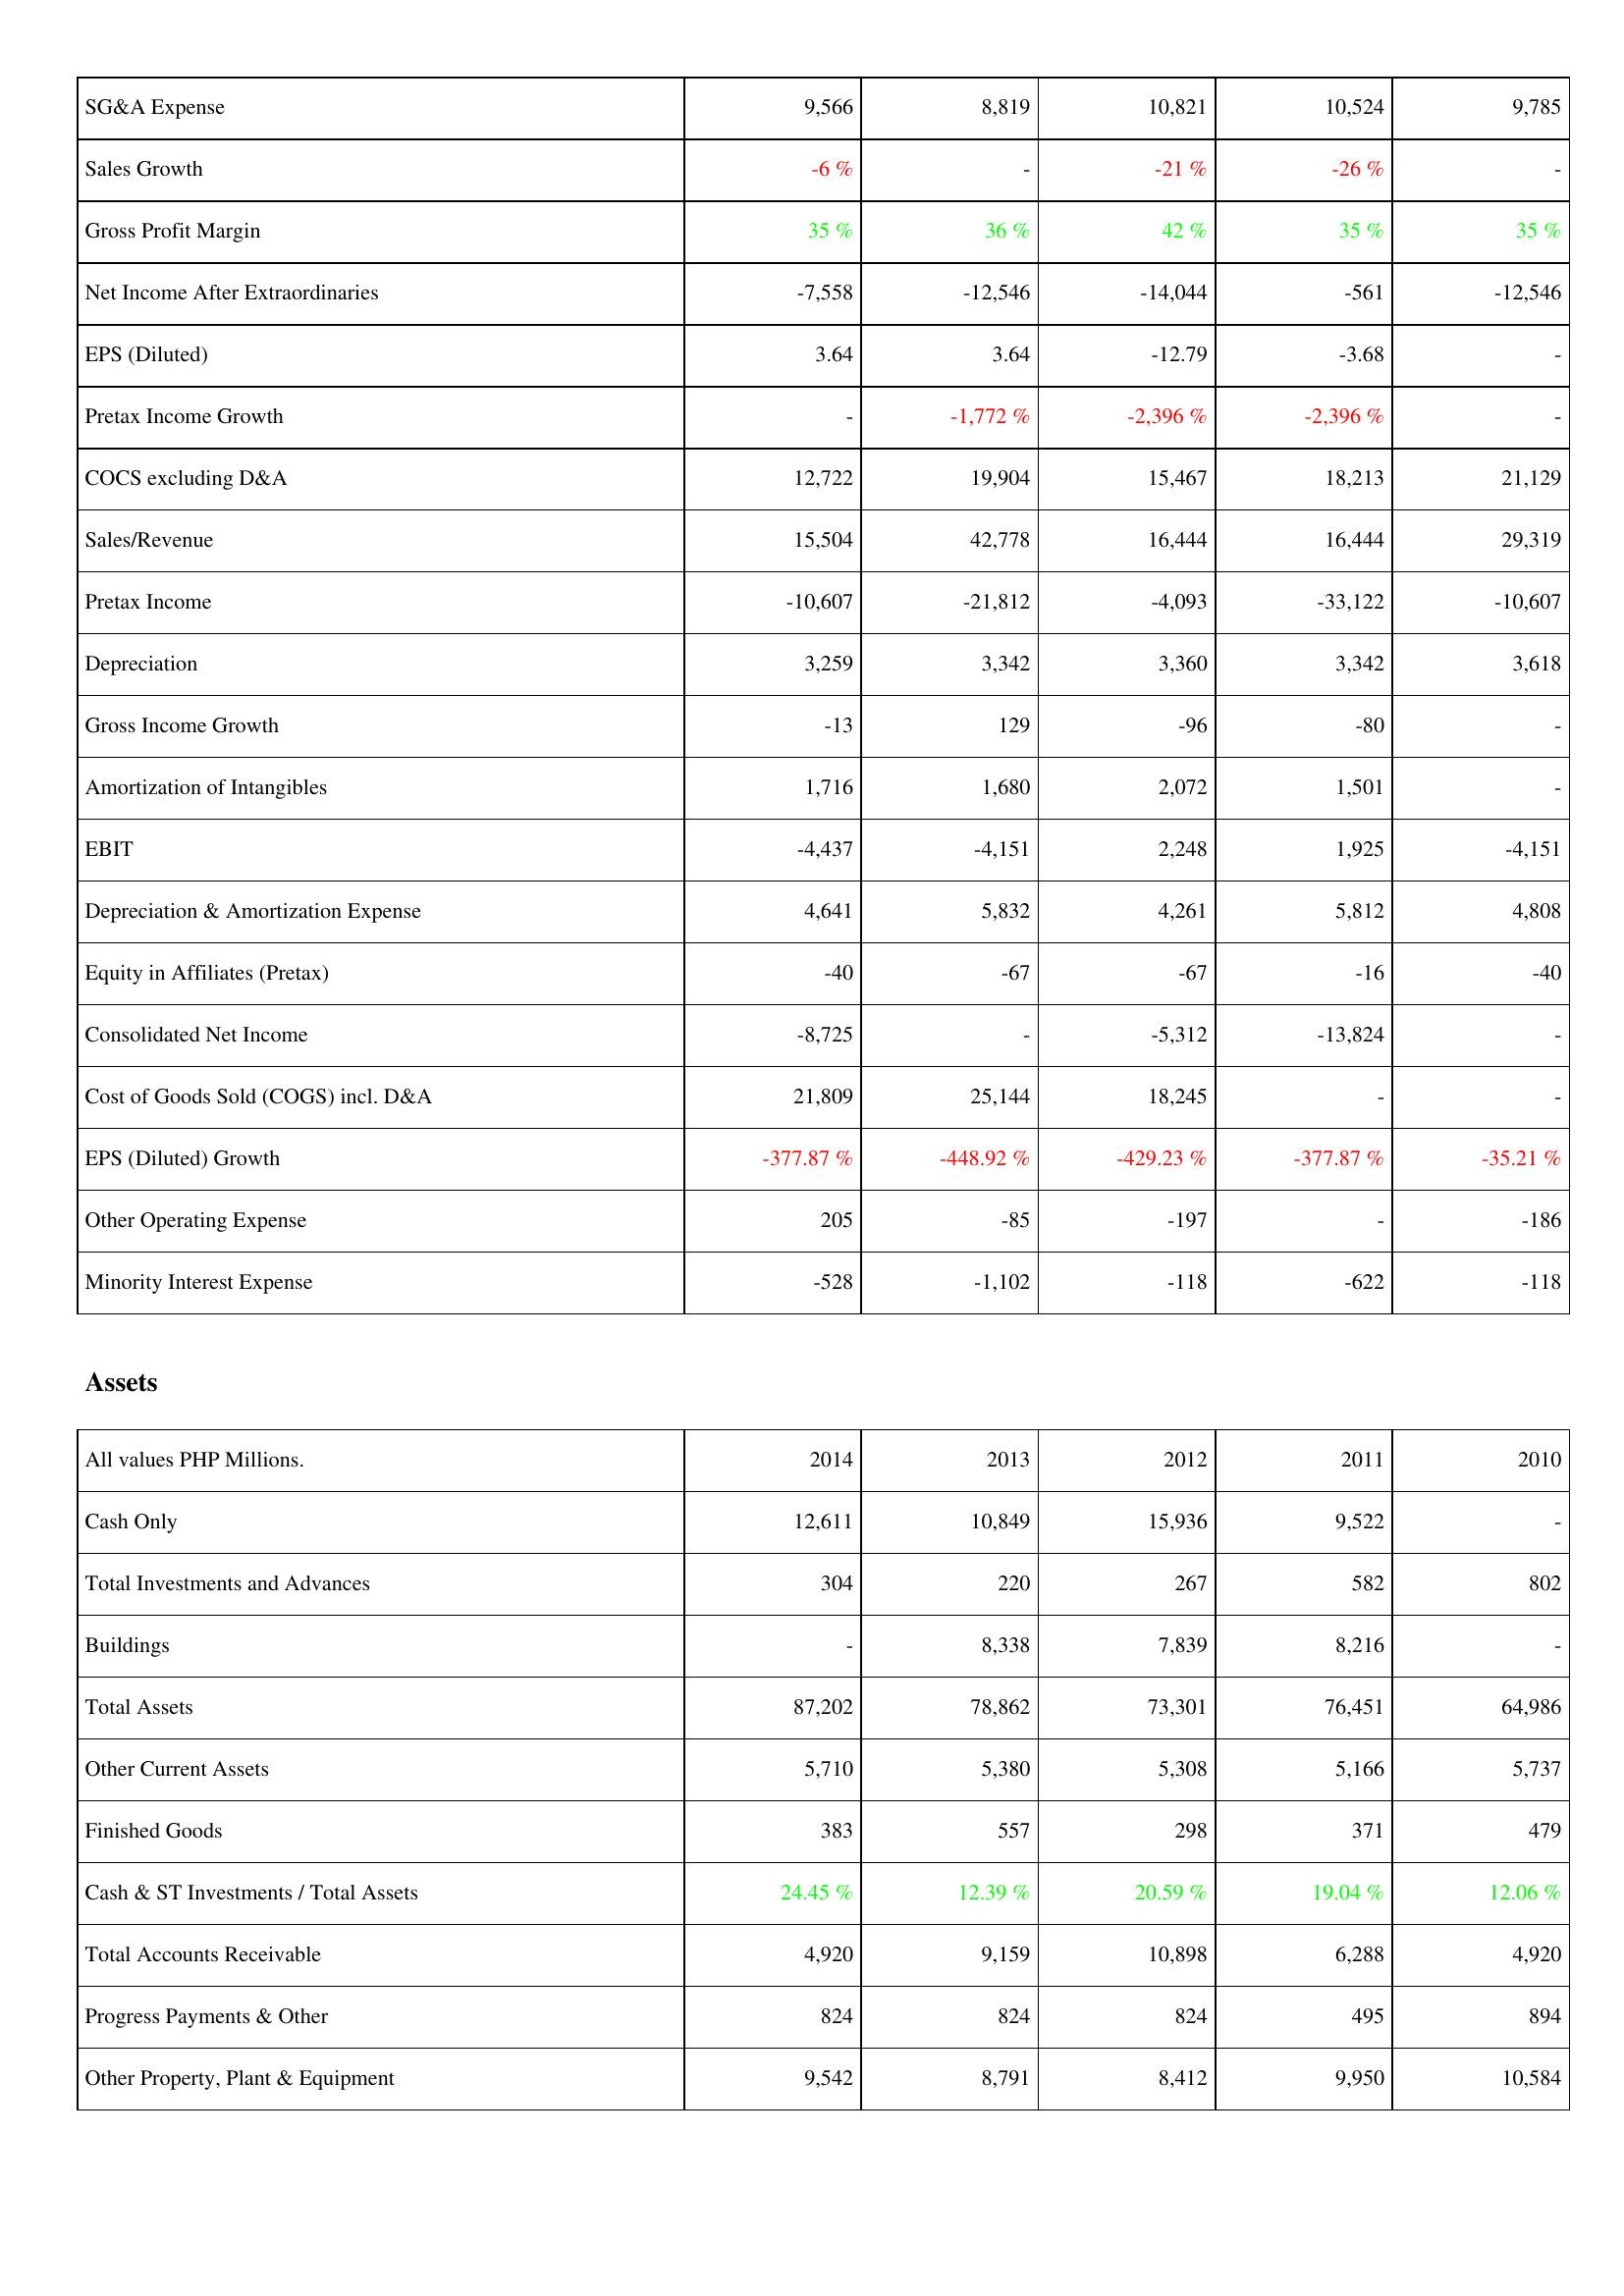
2014: Income Statement: SG&A Expense: 9,566
Sales Growth: -6 %
Gross Profit Margin: 35 %
Net Income After Extraordinaries: -7,558
EPS (Diluted): 3.64
Pretax Income Growth: -
COCS excluding D&A: 12,722
Sales/Revenue: 15,504
Pretax Income: -10,607
Depreciation: 3,259
Gross Income Growth: -13
Amortization of Intangibles: 1,716
EBIT: -4,437
Depreciation & Amortization Expense: 4,641
Equity in Affiliates (Pretax): -40
Consolidated Net Income: -8,725
Cost of Goods Sold (COGS) incl. D&A: 21,809
EPS (Diluted) Growth: -377.87 %
Other Operating Expense: 205
Minority Interest Expense: -528
Assets: Cash Only: 12,611
Total Investments and Advances: 304
Buildings: -
Total Assets: 87,202
Other Current Assets: 5,710
Finished Goods: 383
Cash & ST Investments / Total Assets: 24.45 %
Total Accounts Receivable: 4,920
Progress Payments & Other: 824
Other Property, Plant & Equipment: 9,542
2013: Income Statement: SG&A Expense: 8,819
Sales Growth: -
Gross Profit Margin: 36 %
Net Income After Extraordinaries: -12,546
EPS (Diluted): 3.64
Pretax Income Growth: -1,772 %
COCS excluding D&A: 19,904
Sales/Revenue: 42,778
Pretax Income: -21,812
Depreciation: 3,342
Gross Income Growth: 129
Amortization of Intangibles: 1,680
EBIT: -4,151
Depreciation & Amortization Expense: 5,832
Equity in Affiliates (Pretax): -67
Consolidated Net Income: -
Cost of Goods Sold (COGS) incl. D&A: 25,144
EPS (Diluted) Growth: -448.92 %
Other Operating Expense: -85
Minority Interest Expense: -1,102
Assets: Cash Only: 10,849
Total Investments and Advances: 220
Buildings: 8,338
Total Assets: 78,862
Other Current Assets: 5,380
Finished Goods: 557
Cash & ST Investments / Total Assets: 12.39 %
Total Accounts Receivable: 9,159
Progress Payments & Other: 824
Other Property, Plant & Equipment: 8,791
2012: Income Statement: SG&A Expense: 10,821
Sales Growth: -21 %
Gross Profit Margin: 42 %
Net Income After Extraordinaries: -14,044
EPS (Diluted): -12.79
Pretax Income Growth: -2,396 %
COCS excluding D&A: 15,467
Sales/Revenue: 16,444
Pretax Income: -4,093
Depreciation: 3,360
Gross Income Growth: -96
Amortization of Intangibles: 2,072
EBIT: 2,248
Depreciation & Amortization Expense: 4,261
Equity in Affiliates (Pretax): -67
Consolidated Net Income: -5,312
Cost of Goods Sold (COGS) incl. D&A: 18,245
EPS (Diluted) Growth: -429.23 %
Other Operating Expense: -197
Minority Interest Expense: -118
Assets: Cash Only: 15,936
Total Investments and Advances: 267
Buildings: 7,839
Total Assets: 73,301
Other Current Assets: 5,308
Finished Goods: 298
Cash & ST Investments / Total Assets: 20.59 %
Total Accounts Receivable: 10,898
Progress Payments & Other: 824
Other Property, Plant & Equipment: 8,412
2011: Income Statement: SG&A Expense: 10,524
Sales Growth: -26 %
Gross Profit Margin: 35 %
Net Income After Extraordinaries: -561
EPS (Diluted): -3.68
Pretax Income Growth: -2,396 %
COCS excluding D&A: 18,213
Sales/Revenue: 16,444
Pretax Income: -33,122
Depreciation: 3,342
Gross Income Growth: -80
Amortization of Intangibles: 1,501
EBIT: 1,925
Depreciation & Amortization Expense: 5,812
Equity in Affiliates (Pretax): -16
Consolidated Net Income: -13,824
Cost of Goods Sold (COGS) incl. D&A: -
EPS (Diluted) Growth: -377.87 %
Other Operating Expense: -
Minority Interest Expense: -622
Assets: Cash Only: 9,522
Total Investments and Advances: 582
Buildings: 8,216
Total Assets: 76,451
Other Current Assets: 5,166
Finished Goods: 371
Cash & ST Investments / Total Assets: 19.04 %
Total Accounts Receivable: 6,288
Progress Payments & Other: 495
Other Property, Plant & Equipment: 9,950
2010: Income Statement: SG&A Expense: 9,785
Sales Growth: -
Gross Profit Margin: 35 %
Net Income After Extraordinaries: -12,546
EPS (Diluted): -
Pretax Income Growth: -
COCS excluding D&A: 21,129
Sales/Revenue: 29,319
Pretax Income: -10,607
Depreciation: 3,618
Gross Income Growth: -
Amortization of Intangibles: -
EBIT: -4,151
Depreciation & Amortization Expense: 4,808
Equity in Affiliates (Pretax): -40
Consolidated Net Income: -
Cost of Goods Sold (COGS) incl. D&A: -
EPS (Diluted) Growth: -35.21 %
Other Operating Expense: -186
Minority Interest Expense: -118
Assets: Cash Only: -
Total Investments and Advances: 802
Buildings: -
Total Assets: 64,986
Other Current Assets: 5,737
Finished Goods: 479
Cash & ST Investments / Total Assets: 12.06 %
Total Accounts Receivable: 4,920
Progress Payments & Other: 894
Other Property, Plant & Equipment: 10,584